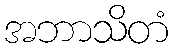
အဘာသိတံ